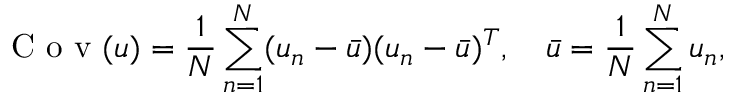
\mathrm { ~ C ~ o ~ v ~ } ( u ) = \frac { 1 } { N } \sum _ { n = 1 } ^ { N } ( u _ { n } - \bar { u } ) ( u _ { n } - \bar { u } ) ^ { T } , \quad \bar { u } = \frac { 1 } { N } \sum _ { n = 1 } ^ { N } u _ { n } ,